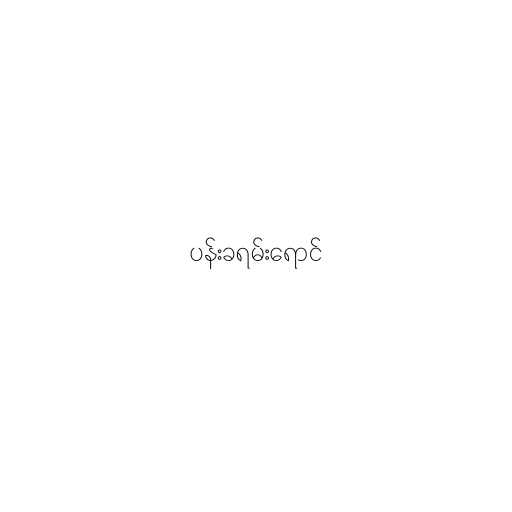
ပန်းခရမ်းရောင်